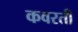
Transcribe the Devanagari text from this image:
कवरती